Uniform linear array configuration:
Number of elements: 8
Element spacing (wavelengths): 0.5
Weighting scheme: hann
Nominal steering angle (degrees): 30
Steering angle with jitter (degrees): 29.139
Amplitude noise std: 0.05
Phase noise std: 0.05

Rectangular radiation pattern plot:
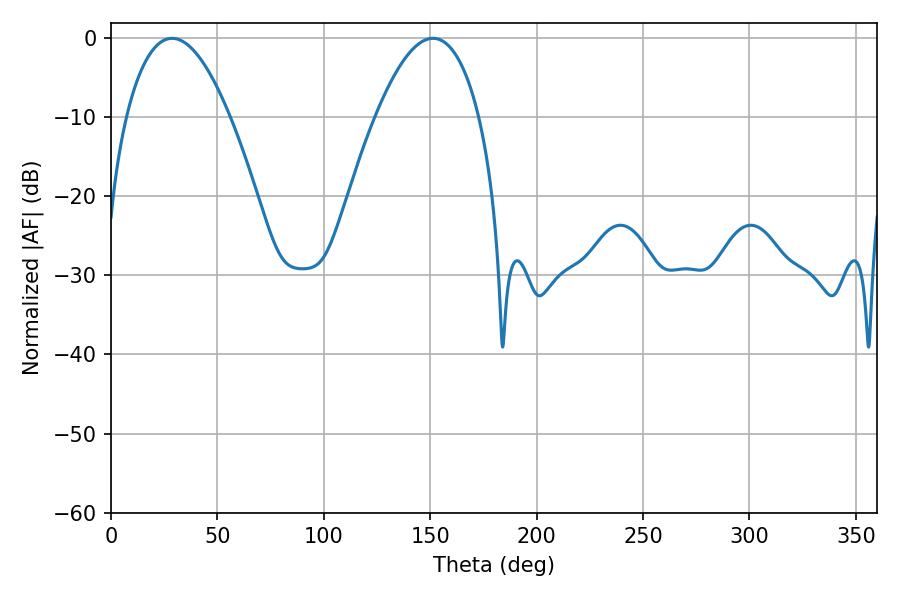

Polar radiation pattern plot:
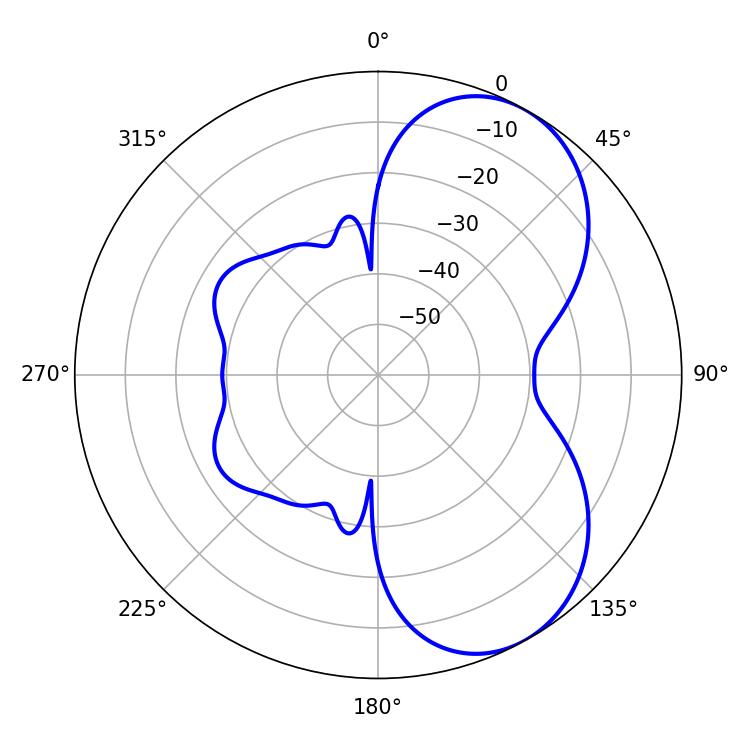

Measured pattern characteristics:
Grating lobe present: FALSE
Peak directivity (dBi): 6.056
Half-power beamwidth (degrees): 26.82
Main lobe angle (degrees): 28.62